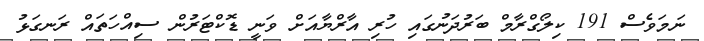
ނަމަވެސް 191 ކިލޯގްރާމް ބަރުދަނުގައި ހުރި އާރްޔާއަށް ވަނީ ޑޮކްޓަރުން ސިއްހަތައް ރަނގަޅު